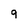
Character: 9